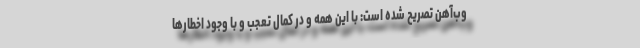
وب‌آهن تصریح شده است: با این همه و در کمال تعجب و با وجود اخطارها